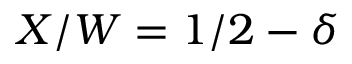
X / W = 1 / 2 - \delta